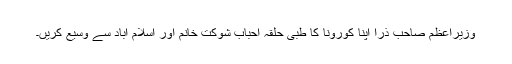
وزیراعظم صاحب ذرا اپنا کورونا کا طبی حلقہ احباب شوکت خانم اور اسلام آباد سے وسیع کریں۔